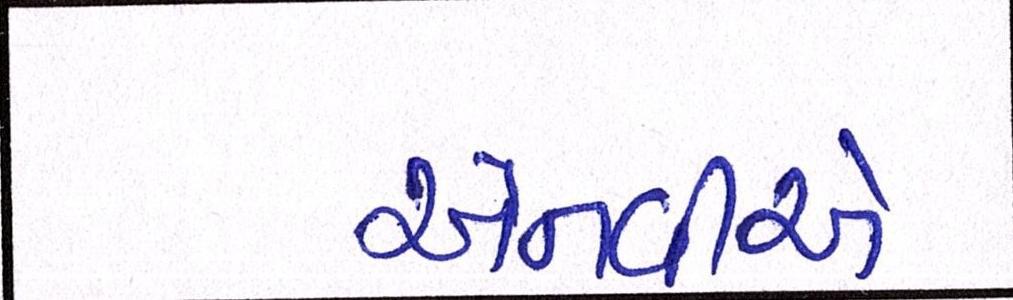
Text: એનવીએ